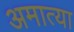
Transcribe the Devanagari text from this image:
अमात्या